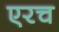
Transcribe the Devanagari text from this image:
एरच